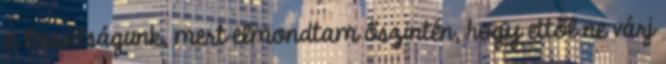
a barátságunk, mert elmondtam őszintén, hogy ettől ne várj